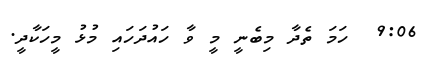
9:06  ހަމަ ތެދާ މިބެނީ މީ ވާ ހައުދަހައި މުޅު މީހަކާދީ.